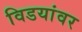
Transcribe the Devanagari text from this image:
विडयांवर